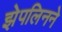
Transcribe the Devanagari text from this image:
झेपलिनने